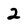
Character: 2